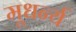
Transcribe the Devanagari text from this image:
मूधर्न्य